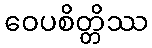
ဝေပစိတ္တိဿ